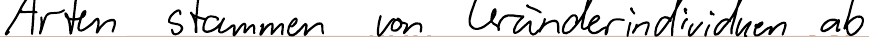
Arten stammen von Gründerindividuen ab